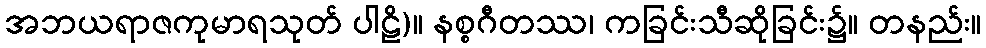
အဘယရာဇကုမာရသုတ် ပါဠိ)။ နစ္စဂီတဿ၊ ကခြင်းသီဆိုခြင်း၌။ တနည်း။